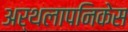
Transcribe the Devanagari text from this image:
अर्थलापनिकेस